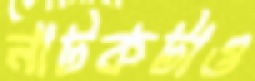
নাটকটাও